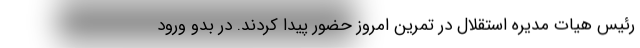
رئیس هیات مدیره استقلال در تمرین امروز حضور پیدا کردند. در بدو ورود